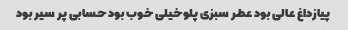
پیازداغ عالی بود عطر سبزی پلو‌خیلی خوب بود حسابی پر سیر بود